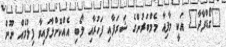
"ގޯޑްފާދާ" އަކީ މާފިއާ މެމްބަރުންގެ ޝަރަފާއި ފަހުރާއި ލޯބި އެއްކޮށްލާފައިވާ ފިލްމެއް ނޫން